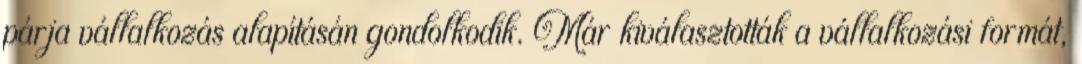
párja vállalkozás alapításán gondolkodik. Már kiválasztották a vállalkozási formát,